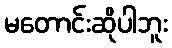
မတောင်းဆိုပါဘူး